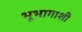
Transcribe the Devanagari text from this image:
भूभागाशी